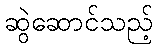
ဆွဲဆောင်သည့်